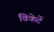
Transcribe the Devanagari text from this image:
विकेटें